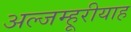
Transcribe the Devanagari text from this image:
अल्जम्हूरीयाह